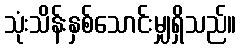
သုံးသိန်းနှစ်သောင်းမျှရှိသည်။